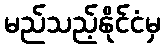
မည်သည့်နိုင်ငံမှ